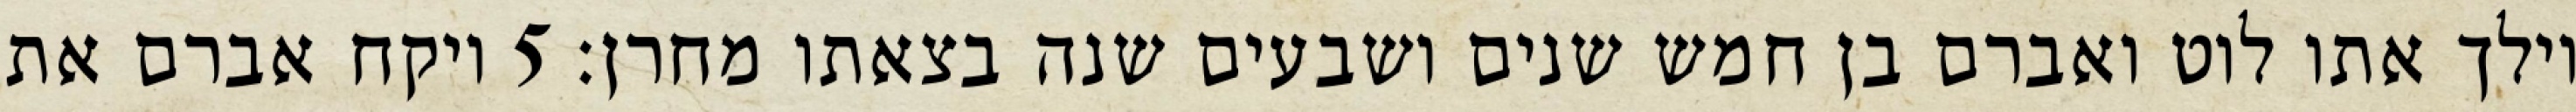
וילך אתו לוט ואברם בן חמש שנים ושבעים שנה בצאתו מחרן׃ ‎5‏ ויקח אברם את